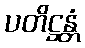
ပတိဋ္ဌန္တံ